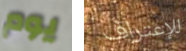
يوم للإعتراف